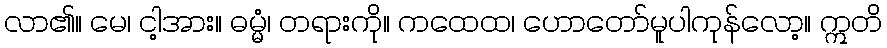
လာ၏။ မေ၊ ငါ့အား။ ဓမ္မံ၊ တရားကို။ ကထေထ၊ ဟောတော်မူပါကုန်လော့။ ဣတိ